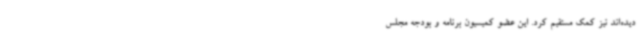
دیده‌اند نیز کمک مستقیم کرد. این عضو کمیسیون برنامه و بودجه مجلس